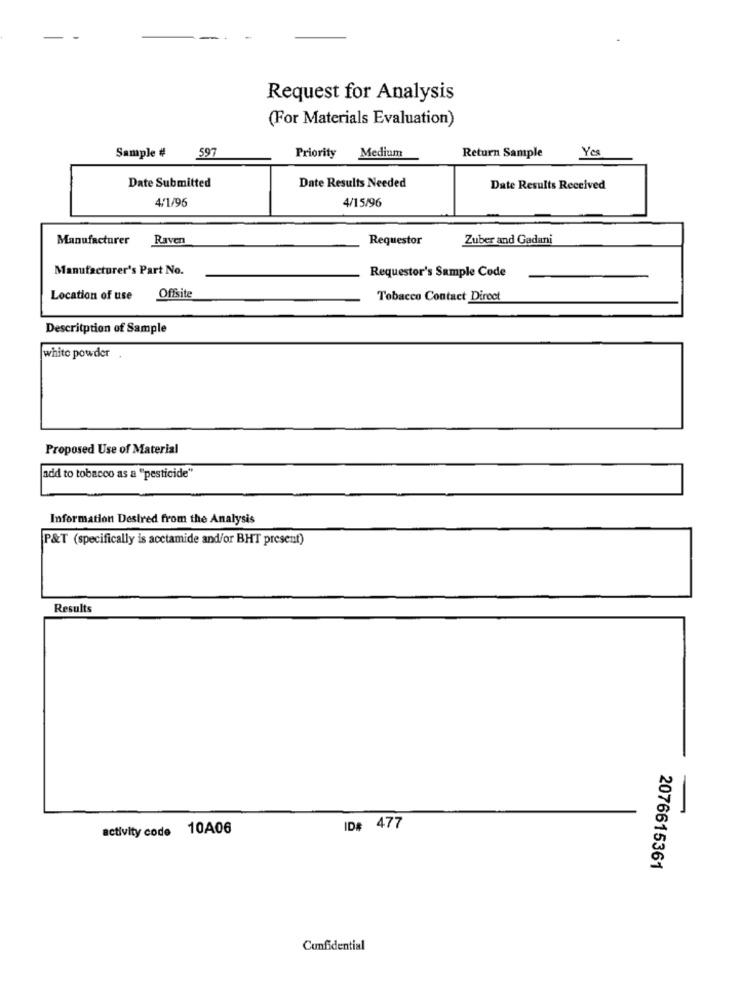
Request for Analysis
(For Materials Evaluation)
Sample #
597
Return Sample
Yes
Priority Medium
Date Submitted
Date Results Needed
Date Results Received
4/1/96
4/15/96
Manufacturer Raven
Requestor
Zuber and Gadani
Manufacturer's Part No.
Requestor's Sample Code
Location of use
Offsite
Tobacco Contact Direct
Description of Sample
white powder
Proposed Use of Material
add to tobacco as a "pesticide"
Information Desired from the Analysis
P&T (specifically is acctamide and/or BHT present)
Results
activity code 10A06
ID# 477
2076615361
Confidential